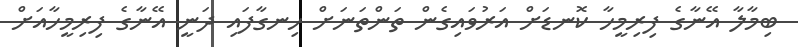
ބިމާލާ އޭނާގެ ފިރިމީހާ ކޮނޑަށް އަރުވައިގެން ތަންތަނަށް ހިނގާާފައި ދަނީ އޭނާގެ ފިރިމީހާއަށް